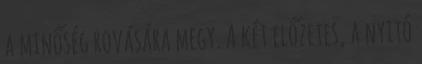
a minőség rovására megy. A két előzetes, a nyitó